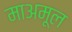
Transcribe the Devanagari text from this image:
माअमूल